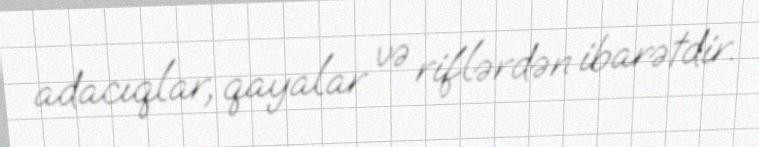
adacıqlar, qayalar və riflərdən ibarətdir.